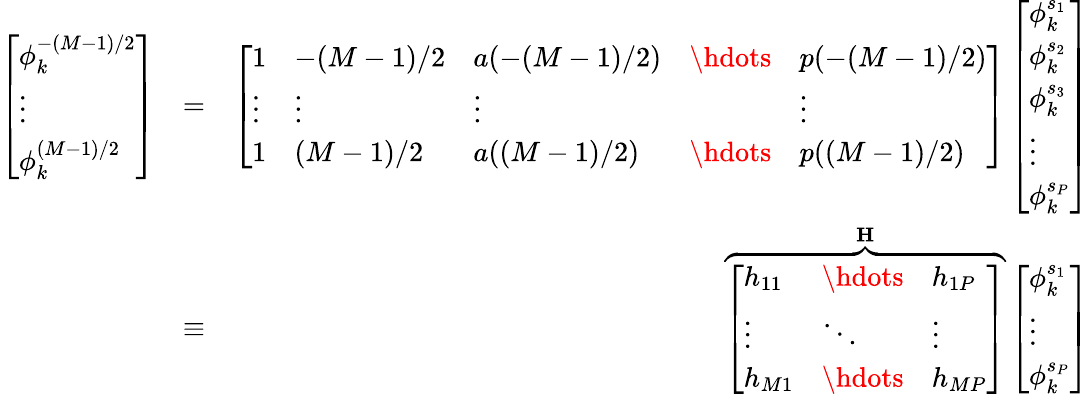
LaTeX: \begin{array}{rlr}{\left[\begin{array}{l}{\phi_{k}^{-(M{-}1)/2}}\\ {\vdots}\\ {\phi_{k}^{(M{-}1)/2}}\end{array}\right]}&{=}&{\left[\begin{array}{lllll}{1}&{-(M-1)/2}&{a{(-(M-1)/2)}}&{\hdots}&{p{(-(M-1)/2)}}\\ {\vdots}&{\vdots}&{\vdots}&&{\vdots}\\ {1}&{(M-1)/2}&{a{((M-1)/2)}}&{\hdots}&{p{((M-1)/2)}}\end{array}\right]\left[\begin{array}{l}{\phi_{k}^{s_{1}}}\\ {\phi_{k}^{s_{2}}}\\ {\phi_{k}^{s_{3}}}\\ {\vdots}\\ {\phi_{k}^{s_{P}}}\end{array}\right]}\\ &{\equiv}&{\overbrace{\left[\begin{array}{lll}{h_{11}}&{\hdots}&{h_{1P}}\\ {\vdots}&{\ddots}&{\vdots}\\ {h_{M1}}&{\hdots}&{h_{MP}}\end{array}\right]}^{\mathbf{H}}\left[\begin{array}{l}{\phi_{k}^{s_{1}}}\\ {\vdots}\\ {\phi_{k}^{s_{P}}}\end{array}\right]}\end{array}